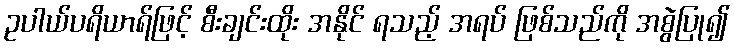
ဥပါယ်ပရိယာရ်ဖြင့် စီးချင်းထိုး အနိုင် ရသည့် အရပ် ဖြစ်သည်ကို အစွဲပြု၍